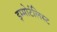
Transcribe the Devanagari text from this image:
इम्मोर्टलिस्ट